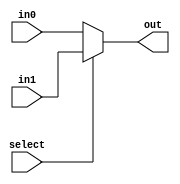
module mux_2_65_bit(out, select, in0, in1);

	input select;
	input [64:0] in0, in1;
	output [64:0] out;
	assign out = select ? in1 : in0;

endmodule